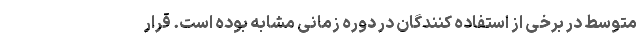
متوسط در برخی از استفاده کنندگان در دوره زمانی مشابه بوده است. قرار